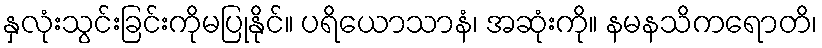
နှလုံးသွင်းခြင်းကိုမပြုနိုင်။ ပရိယောသာနံ၊ အဆုံးကို။ နမနသိကရောတိ၊